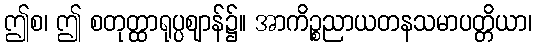
ဤစ၊ ဤ စတုတ္ထာရုပ္ပဈာန်၌။ အာကိဉ္စညာယတနသမာပတ္တိယာ၊